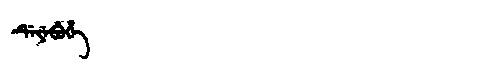
Manchu: ᡩᡝᠶᡝᠪᡠᡥᡝ
Romanization: DEYEBUHE